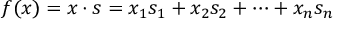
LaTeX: f ( x ) = x \cdot s = x _ { 1 } s _ { 1 } + x _ { 2 } s _ { 2 } + \cdots + x _ { n } s _ { n }